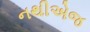
નથીએજ